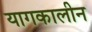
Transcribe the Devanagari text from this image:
यागकालीन